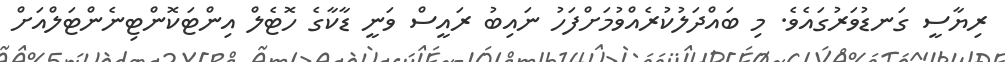
ރިޔާސީ ގަނޑުވަރުގައެވެ. މި ބައްދަލުކުރެއްވުމަށްފަހު ނައިބު ރައީސް ވަނީ ޑާކާގެ ހޮޓެލް އިންޓަކޮންޓިނެންޓަލްއަށް